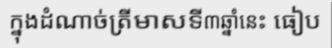
ក្នុងដំណាច់ត្រីមាសទី៣ឆ្នាំនេះ ធៀប